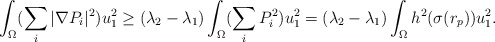
\begin{align*}\int_\Omega (\sum_i |\nabla P_i|^2) u_1^2 \geq (\lambda_2 - \lambda_1) \int_\Omega (\sum_i P_i^2) u_1^2 = (\lambda_2 - \lambda_1) \int_\Omega h^2(\sigma(r_p)) u_1^2 .\end{align*}